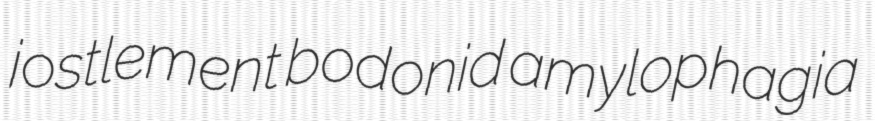
jostlement bodonid amylophagia